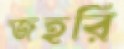
জহরি